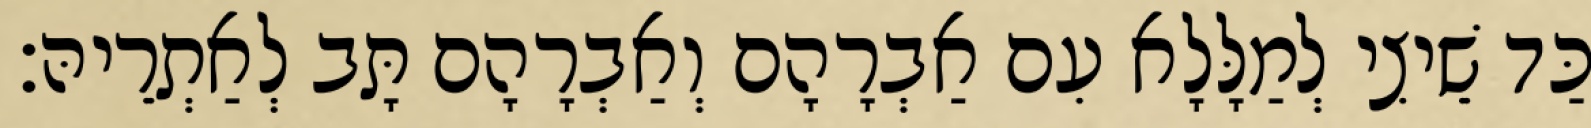
כַּד שֵׁיצִי לְמַלָּלָא עִם אַבְרָהָם וְאַבְרָהָם תָּב לְאַתְרֵיהּ׃